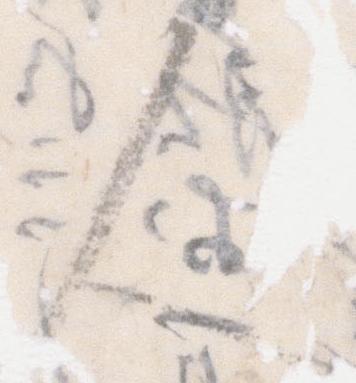
人